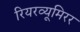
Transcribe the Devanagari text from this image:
रियरव्यूमिरर